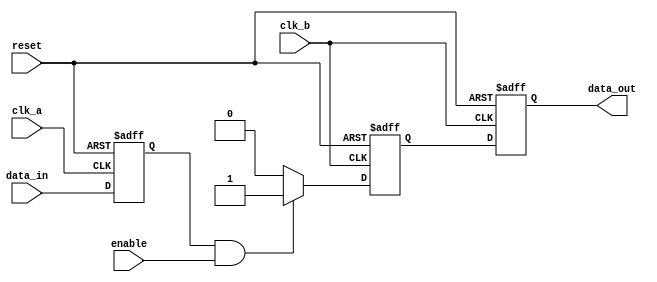
module pulsed_synchronizer #(
    parameter PULSE_WIDTH = 2 // Adjust pulse width as needed
)(
    input wire clk_a,          // Source clock
    input wire clk_b,          // Destination clock
    input wire data_in,        // Input signal from clk_a domain
    input wire reset,          // Asynchronous reset
    input wire enable,         // Optional enable signal
    output reg data_out        // Synchronized output signal in clk_b domain
);

// Internal signals
reg data_in_sync_1;           // First stage of synchronization
reg data_in_sync_2;           // Second stage of synchronization
reg pulse;                    // Pulse signal

// Pulse generation logic
always @(posedge clk_b or posedge reset) begin
    if (reset) begin
        pulse <= 1'b0;
    end else if (data_in_sync_1 && enable) begin
        pulse <= 1'b1;
    end else if (pulse) begin
        pulse <= 1'b0; // Reset pulse after one clock cycle
    end
end

// Synchronization logic
always @(posedge clk_a or posedge reset) begin
    if (reset) begin
        data_in_sync_1 <= 1'b0;
    end else begin
        data_in_sync_1 <= data_in; // Capture data_in in clk_a domain
    end
end

always @(posedge clk_b or posedge reset) begin
    if (reset) begin
        data_in_sync_2 <= 1'b0;
        data_out <= 1'b0;
    end else begin
        data_in_sync_2 <= data_in_sync_1; // First stage synchronization
        data_out <= pulse; // Output pulse in clk_b domain
    end
end

endmodule